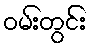
ဝမ်းတွင်း